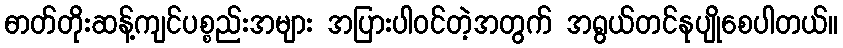
ဓာတ်တိုးဆန့်ကျင်ပစ္စည်းအများ အပြားပါဝင်တဲ့အတွက် အရွယ်တင်နုပျိုစေပါတယ်။